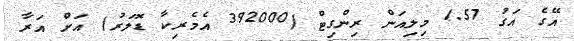
އޭގެ އަގު 1.57 މިލިއަން ރިންގިޓް (392000 އެމެރިކާ ޑޮލަރު) އަށް އަރާ